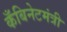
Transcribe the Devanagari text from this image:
कँबिनेटमंत्री